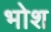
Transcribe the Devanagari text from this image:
भोश